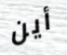
أين